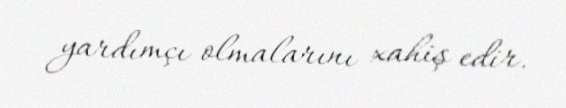
yardımçı olmalarını xahiş edir.